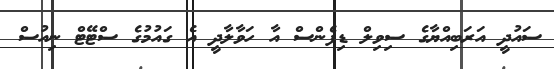
ސައުދީ އަރަބިއްޔާގެ ސިވިލް ޑިފެންސް އާ ހަވާލާދީ އެ ގައުމުގެ ސްޓޭޓް ނިއުސް